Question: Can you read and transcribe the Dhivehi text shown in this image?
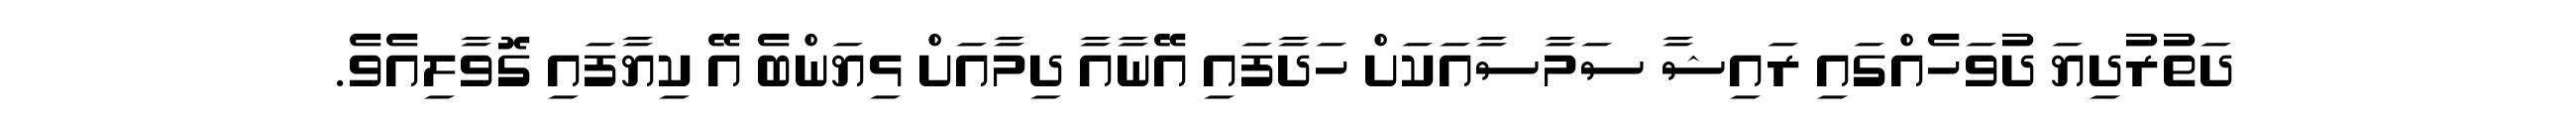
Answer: ދަތުރުދިޔަ ދުވަހެއްގައި ރައިޝާ ސަމާސާއަކަށް ހަދާފައި އޭނާއާ ދިމާއަށް ޅިޔަންބެ އޭ ކިޔާފައި ގޮވާލިއެވެ.